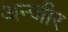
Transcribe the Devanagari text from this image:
अन्जीर